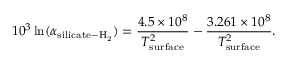
1 0 ^ { 3 } \ln ( \alpha _ { \mathrm { s i l i c a t e - H _ { 2 } } } ) = \frac { 4 . 5 \times 1 0 ^ { 8 } } { T _ { \mathrm { s u r f a c e } } ^ { 2 } } - \frac { 3 . 2 6 1 \times 1 0 ^ { 8 } } { T _ { \mathrm { s u r f a c e } } ^ { 2 } } .